Report of the Indian Hemp Drugs Commission, 1894-1895 - Volume IV
Year: 1894
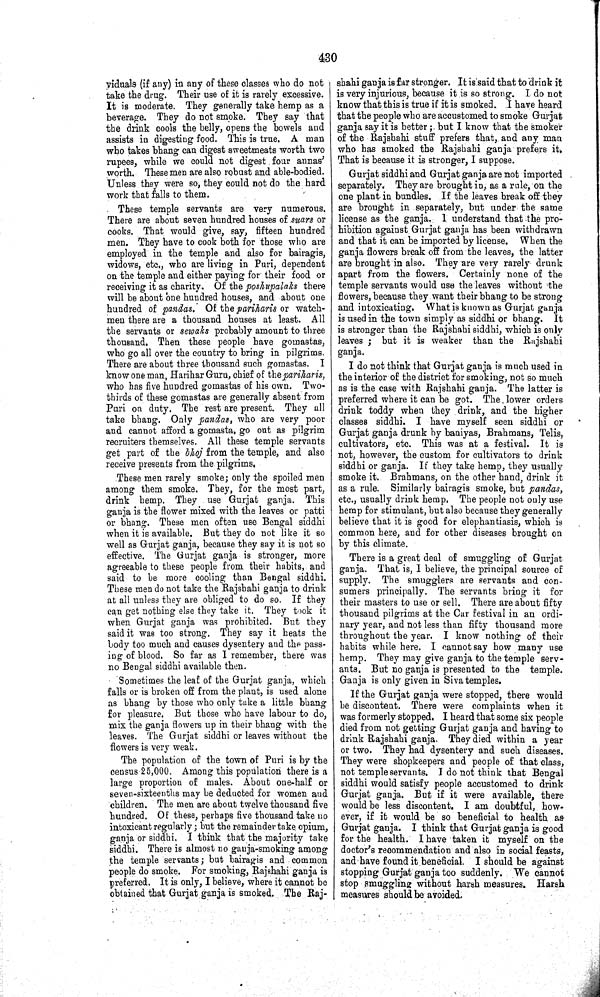
430
viduals (if any) in any of these classes who do not
take the drug. Their use of it is rarely excessive.
It is moderate. They generally take hemp as a
beverage. They do not smoke. They say that
the drink cools the belly, opens the bowels and
assists in digesting food. This is true. A man
who takes bhang can digest sweetmeats worth two
rupees, while we could not digest four annas'
worth. These men are also robust and able-bodied.
Unless they were so, they could not do the hard
work that falls to them.
These temple servants are very numerous.
There are about seven hundred houses of suars or
cooks. That would give, say, fifteen hundred
men. They have to cook both for those who are
employed in the temple and also for bairagis,
widows, etc., who are living in Puri, dependent
on the temple and either paying for their food or
receiving it as charity. Of the poshupalaks there
will be about one hundred houses, and about one
hundred of pandas. Of the pariharis or watch-
men there are a thousand houses at least. All
the servants or sewaks probably amount to three
thousand. Then these people have gomastas,
who go all over the country to bring in pilgrims.
There are about three thousand such gomastas. I
know one man, Harihar Guru, chief of the pariharis,
who has five hundred gomastas of his own. Two-
thirds of these gomastas are generally absent from
Puri on duty. The rest are present. They all
take bhang. Only pandas, who are very poor
and cannot afford a gomasta, go out as pilgrim
recruiters themselves. All these temple servants
get part of the bhoj from the temple, and also
receive presents from the pilgrims.
These men rarely smoke; only the spoiled men
among them smoke. They, for the most part,
drink hemp. They use Gurjat ganja. This
ganja is the flower mixed with the leaves or patti
or bhang. These men often use Bengal siddhi
when it is available. But they do not like it so
well as Gurjat ganja, because they say it is not so
effective. The Gurjat ganja is stronger, more
agreeable to these people from their habits, and
said to be more cooling than Bengal siddhi.
These men do not take the Rajshahi ganja to drink
at all unless they are obliged to do so. If they
can get nothing else they take it. They took it
when Gurjat ganja was prohibited. But they
said it was too strong. They say it heats the
body too much and causes dysentery and the pass-
ing of blood. So far as I remember, there was
no Bengal siddhi available then.
Sometimes the leaf of the Gurjat ganja, which
falls or is broken off from the plant, is used alone
as bhang by those who only take a little bhang
for pleasure. But those who have labour to do,
mix the ganja flowers up in their bhang with the
leaves. The Gurjat siddhi or leaves without the
flowers is very weak.
The population of the town of Puri is by the
census 25,000. Among this population there is a
large proportion of males. About one-half or
seven-sixteenths may be deducted for women and
children. The men are about twelve thousand five
hundred. Of these, perhaps five thousand take no
intoxicant regularly; but the remainder take opium,
ganja or siddhi. I think that the majority take
siddhi. There is almost no ganja-smoking among
the temple servants; but bairagis and common
people do smoke. For smoking, Rajshahi ganja is
preferred. It is only, I believe, where it cannot be
obtained that Gurjat ganja is smoked. The Raj-
shahi ganja is far stronger. It is said that to drink it
is very injurious, because it is so strong. I do not
know that this is true if it is smoked. I have heard
that the people who are accustomed to smoke Gurjat
ganja say it is better; but I know that the smoker
of the Rajshahi stuff prefers that, and any man
who has smoked the Rajshahi ganja prefers it.
That is because it is stronger, I suppose.
Gurjat siddhi and Gurjat ganja are not imported
separately. They are brought in, as a rule, on the
one plant in bundles. If the leaves break off they
are brought in separately, but under the same
license as the ganja. I understand that the pro-
hibition against Gurjat ganja has been withdrawn
and that it can be imported by license. When the
ganja flowers break off from the leaves, the latter
are brought in also. They are very rarely drunk
apart from the flowers. Certainly none of the
temple servants would use the leaves without the
flowers, because they want their bhang to be strong
and intoxicating. What is known as Gurjat ganja
is used in the town simply as siddhi or bhang. It
is stronger than the Rajshahi siddhi, which is only
leaves; but it is weaker than the Rajshahi
ganja.
I do not think that Gurjat ganja is much used in
the interior of the district for smoking, not so much
as is the case with Rajshahi ganja. The latter is
preferred where it can be got. The lower orders
drink toddy when they drink, and the higher
classes siddhi. I have myself seen siddhi or
Gurjat ganja drunk by baniyas, Brahmans, Telis,
cultivators, etc. This was at a festival. It is
not, however, the custom for cultivators to drink
siddhi or ganja. If they take hemp, they usually
smoke it. Brahmans, on the other hand, drink it
as a rule. Similarly bairagis smoke, but pandas,
etc., usually drink hemp. The people not only use
hemp for stimulant, but also because they generally
believe that it is good for elephantiasis, which is
common here, and for other diseases brought on
by this climate.
There is a great deal of smuggling of Gurjat
ganja. That is, I believe, the principal source of
supply. The smugglers are servants and con-
sumers principally. The servants bring it for
their masters to use or sell. There are about fifty
thousand pilgrims at the Car festival in an ordi-
nary year, and not less than fifty thousand more
throughout the year. I know nothing of their
habits while here. I cannot say how many use
hemp. They may give ganja to the temple serv-
ants. But no ganja is presented to the temple.
Ganja is only given in Siva temples.
If the Gurjat ganja were stopped, there would
be discontent. There were complaints when it
was formerly stopped. I heard that some six people
died from not getting Gurjat ganja and having to
drink Rajshahi ganja. They died within a year
or two. They had dysentery and such diseases.
They were shopkeepers and people of that class,
not temple servants. I do not think that Bengal
siddhi would satisfy people accustomed to drink
Gurjat ganja. But if it were available, there
would be less discontent. I am doubtful, how-
ever, if it would be so beneficial to health as
Gurjat ganja. I think that Gurjat ganja is good
for the health. I have taken it myself on the
doctor's recommendation and also in social feasts,
and have found it beneficial. I should be against
stopping Gurjat ganja too suddenly. We cannot
stop smuggling without harsh measures. Harsh
measures should be avoided.